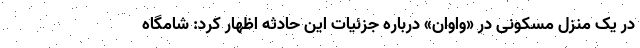
در یک منزل مسکونی در «واوان» درباره جزئیات این حادثه اظهار کرد: شامگاه